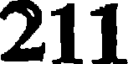
211